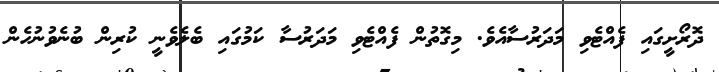
ދޮރޯށީގައި ފެއްޓެވި މަދަރުސާއެވެ. މިގޮތުން ފެއްޓެވި މަދަރުސާ ކަމުގައި ބެލެވެނީ ކުރިން ބުނެވުނުހެން